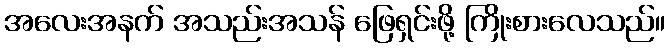
အလေးအနက် အသည်းအသန် ဖြေရှင်းဖို့ ကြိုးစားလေသည်။